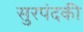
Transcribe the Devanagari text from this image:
सुरपंदकी